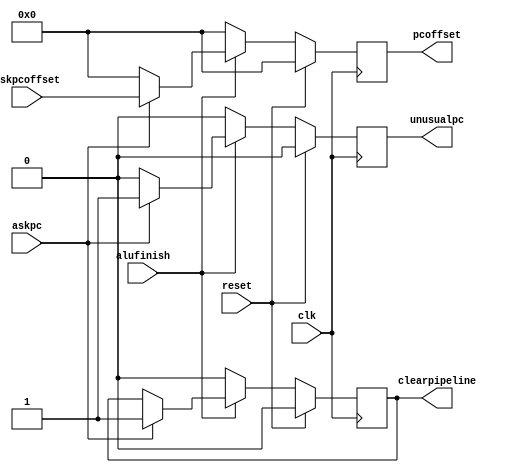
`timescale 1ns / 1ps
//////////////////////////////////////////////////////////////////////////////////
// Company: 
// Engineer: 
// 
// Design Name: 
// Module Name: controller
// Project Name: 
// Target Devices: 
// Tool Versions: 
// Description: 
// 
// Dependencies: 
// 
// Revision:
// Revision 0.01 - File Created
// Additional Comments:
// 
//////////////////////////////////////////////////////////////////////////////////


module controller(
    input clk,
    input reset,
    input alufinish,
    input [31:0]askpcoffset,
    input askpc,
    output reg clearpipeline,
    output reg unusualpc,
    output reg [31:0]pcoffset
    );
    
    always @ (posedge clk)
    begin
    if(0==reset)
        case(alufinish)
            1'b0:
            begin
                unusualpc<=0;
                pcoffset<=0;
                clearpipeline<=0;
            end
            default:
            begin
                case(askpc)
                1'b1:
                begin
                    pcoffset<=askpcoffset;
                    unusualpc<=1;
                    clearpipeline<=1;
                end
                default:
                begin
                    pcoffset<=0;
                    unusualpc<=0;
                end
                endcase
            end
        endcase
    else
    begin
        clearpipeline<=0;
        unusualpc<=0;
        pcoffset<=0;
    end
    end
    
endmodule